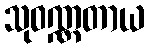
သုဝဏ္ဏတာယ